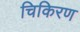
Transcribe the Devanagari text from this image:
चिकिरण